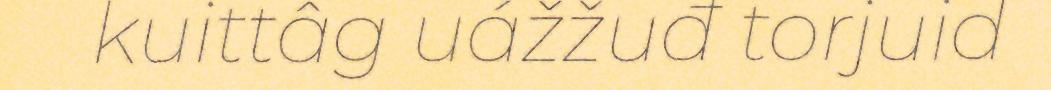
kuittâg uážžuđ torjuid